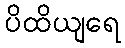
ပိထိယျရေ